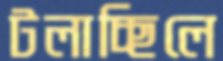
টলাচ্ছিলে